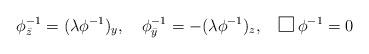
LaTeX: \begin{align*}\phi^{-1}_{\bar z}=(\lambda \phi^{-1})_y,\quad\phi^{-1}_{\bar y}=-(\lambda \phi^{-1})_z,\quad \framebox(10,10){}\;\phi^{-1}=0\end{align*}